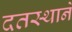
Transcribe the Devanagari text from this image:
दतस्थाने